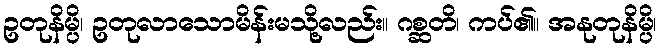
ဥတုနိမ္ပိ၊ ဥတုလာသောမိန်းမသို့လည်း။ ဂစ္ဆတိ၊ ကပ်၏။ အနုတုနိမ္ပိ၊